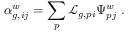
\alpha _ { g , i j } ^ { w } = \sum _ { p } \mathcal { L } _ { g , p i } \Psi _ { p j } ^ { w } ~ .